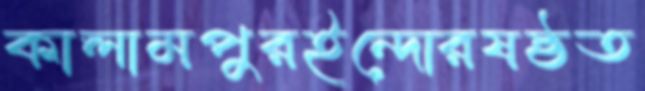
কালামপুরইন্দোরষষ্ঠত